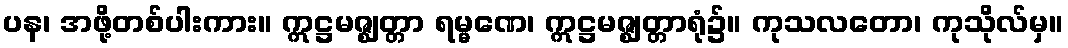
ပန၊ အဖို့တစ်ပါးကား။ ဣဋ္ဌမဇ္ဈတ္တာ ရမ္မဏေ၊ ဣဋ္ဌမဇ္ဈတ္တာရုံ၌။ ကုသလတော၊ ကုသိုလ်မှ။